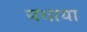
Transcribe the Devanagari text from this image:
बधाया